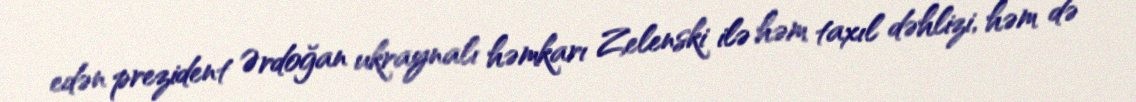
edən prezident Ərdoğan ukraynalı həmkarı Zelenski ilə həm taxıl dəhlizi, həm də